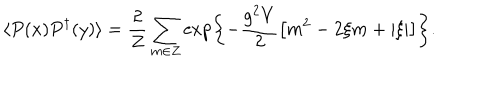
\langle P ( x ) P ^ { \dagger } ( y ) \rangle = \frac { 2 } { Z } \sum _ { m \in Z } \exp \left\{ - \frac { g ^ { 2 } V } { 2 } \left[ m ^ { 2 } - 2 \xi m + \vert \xi \vert \right] \right\} .